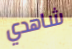
شاهدي